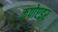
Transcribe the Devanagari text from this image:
कपोएइर